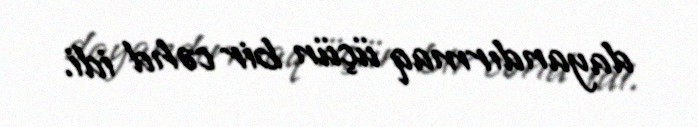
dayandırmaq üçün bir cəhd idi.